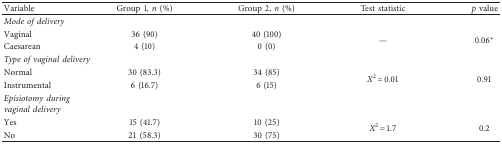
| Variable | Group 1, n (%) | Group 2, n (%) | Test statistic | p value |
 | --- | --- | --- | --- | --- |
 | <COLSPAN=5> Mode of delivery |
 | Vaginal | 36 (90) | 40 (100) | <ROWSPAN=2> — | <ROWSPAN=2> 0.06∗ |
 | Caesarean | 4 (10) | 0 (0) |
 | <COLSPAN=5> Type of vaginal delivery |
 | Normal | 30 (83.3) | 34 (85) | <ROWSPAN=2> X2 = 0.01 | <ROWSPAN=2> 0.91 |
 | Instrumental | 6 (16.7) | 6 (15) |
 | <COLSPAN=5> Episiotomy during vaginal delivery |
 | Yes | 15 (41.7) | 10 (25) | <ROWSPAN=2> X2 = 1.7 | <ROWSPAN=2> 0.2 |
 | No | 21 (58.3) | 30 (75) |